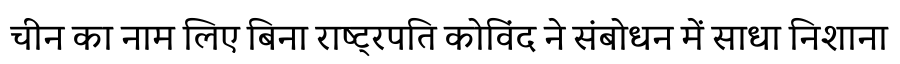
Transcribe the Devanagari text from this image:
चीन का नाम लिए बिना राष्ट्रपति कोविंद ने संबोधन में साधा निशाना